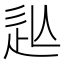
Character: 𲅍